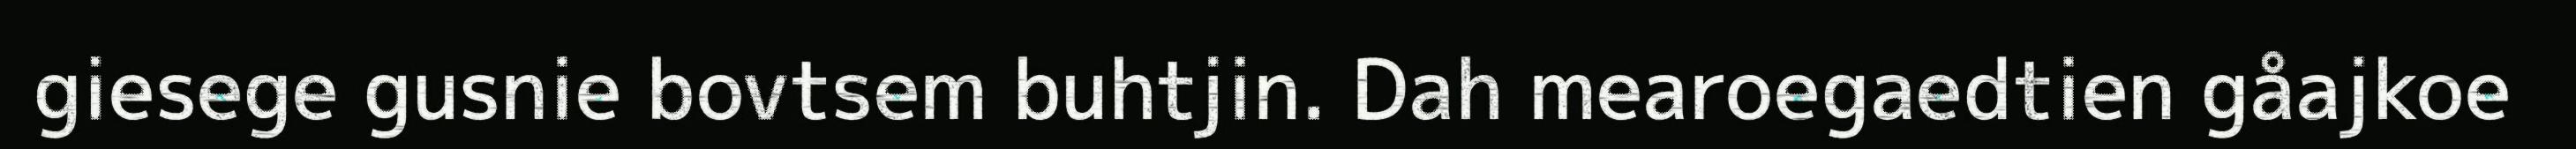
giesege gusnie bovtsem buhtjin. Dah mearoegaedtien gåajkoe